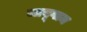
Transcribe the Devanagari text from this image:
जाबूगाम